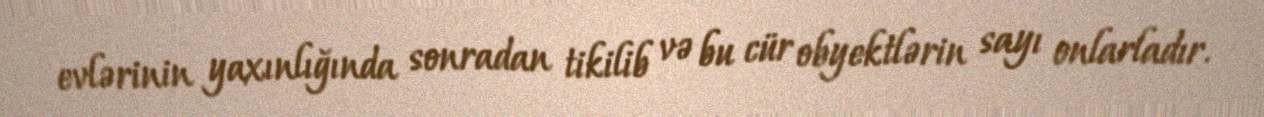
evlərinin yaxınlığında sonradan tikilib və bu cür obyektlərin sayı onlarladır.